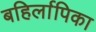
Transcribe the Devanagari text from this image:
बहिर्लापिका